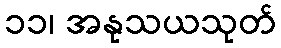
၁၁၊ အနုသယသုတ်